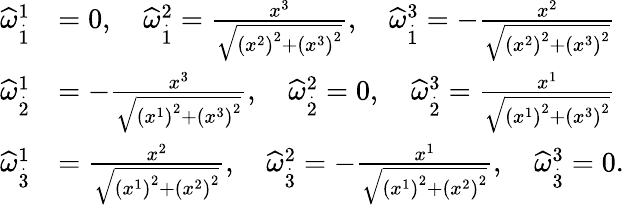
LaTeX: \begin{array}{rl}{\widehat{\omega}_{\overset{.}{1}}^{1}}&{=0,\quad\widehat{\omega}_{\overset{.}{1}}^{2}=\frac{x^{3}}{\sqrt{\left(x^{2}\right)^{2}+\left(x^{3}\right)^{2}}},\quad\widehat{\omega}_{\overset{.}{1}}^{3}=-\frac{x^{2}}{\sqrt{\left(x^{2}\right)^{2}+\left(x^{3}\right)^{2}}}}\\ {\widehat{\omega}_{\overset{.}{2}}^{1}}&{=-\frac{x^{3}}{\sqrt{\left(x^{1}\right)^{2}+\left(x^{3}\right)^{2}}},\quad\widehat{\omega}_{\overset{.}{2}}^{2}=0,\quad\widehat{\omega}_{\overset{.}{2}}^{3}=\frac{x^{1}}{\sqrt{\left(x^{1}\right)^{2}+\left(x^{3}\right)^{2}}}}\\ {\widehat{\omega}_{\overset{.}{3}}^{1}}&{=\frac{x^{2}}{\sqrt{\left(x^{1}\right)^{2}+\left(x^{2}\right)^{2}}},\quad\widehat{\omega}_{\overset{.}{3}}^{2}=-\frac{x^{1}}{\sqrt{\left(x^{1}\right)^{2}+\left(x^{2}\right)^{2}}},\quad\widehat{\omega}_{\overset{.}{3}}^{3}=0.}\end{array}